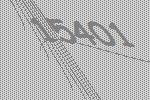
15401